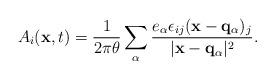
LaTeX: \begin{align*}A_i({\bf x},t)=\frac{1}{2\pi\theta}\sum_\alpha\frac{e_\alpha\epsilon_{ij}({\bf x}-{\bf q_\alpha})_j}{\vert {\bf x}-{\bf q_\alpha}\vert^2}.\end{align*}